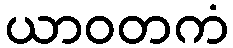
ယာဝတကံ